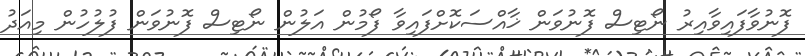
ފޮނުވާފައިވާއިރު ނޯޓިސް ފޮނުވަން ޚާއްސަކޮށްފައިވާ ފޯމުން އަލުން ނޯޓިސް ފޮނުވަން ފުލުހުން މިއަދު